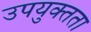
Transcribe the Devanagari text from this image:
उपयुक्‍तता